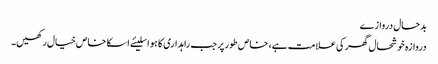
بدحال دروازے
دروازہ خوشحال گھر کی علامت ہے، خاص طور پر جب راہداری کا ہو اسلیئے اسکا خاص خیال رکھیں۔